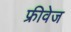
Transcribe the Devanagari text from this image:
फ्रीवेज